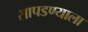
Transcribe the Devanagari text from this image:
सापडण्याला